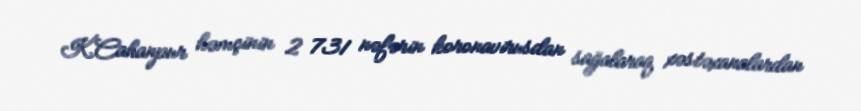
K.Cahanpur həmçinin 2 731 nəfərin koronavirusdan sağalaraq xəstəxanalardan